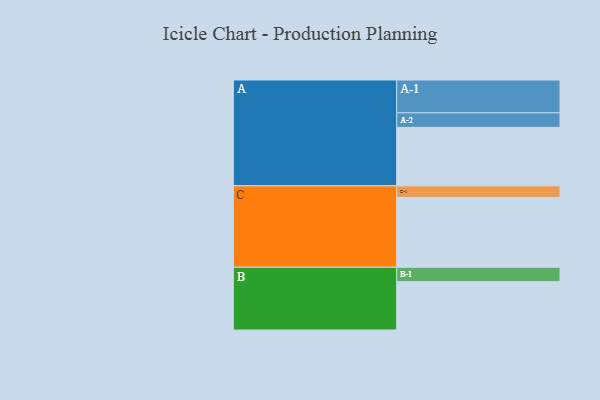
{"axis": {"x": "Segment", "y": "Value"}, "legend": ["", "A", "B", "C"], "data": [{"x": "A", "y": 422, "type": ""}, {"x": "B", "y": 349, "type": ""}, {"x": "C", "y": 504, "type": ""}, {"x": "A-1", "y": 237, "type": "A"}, {"x": "A-2", "y": 105, "type": "A"}, {"x": "B-1", "y": 104, "type": "B"}, {"x": "C-1", "y": 84, "type": "C"}]}